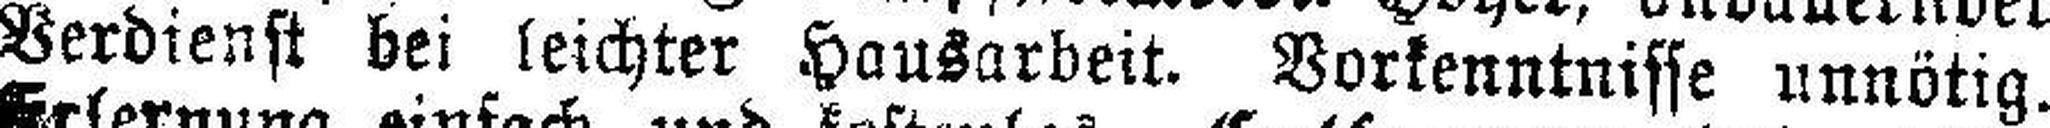
Verdienst bei leichter Hausarbeit. Vorkenntnisse unnötig.